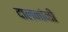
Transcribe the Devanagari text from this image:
दालनांनी